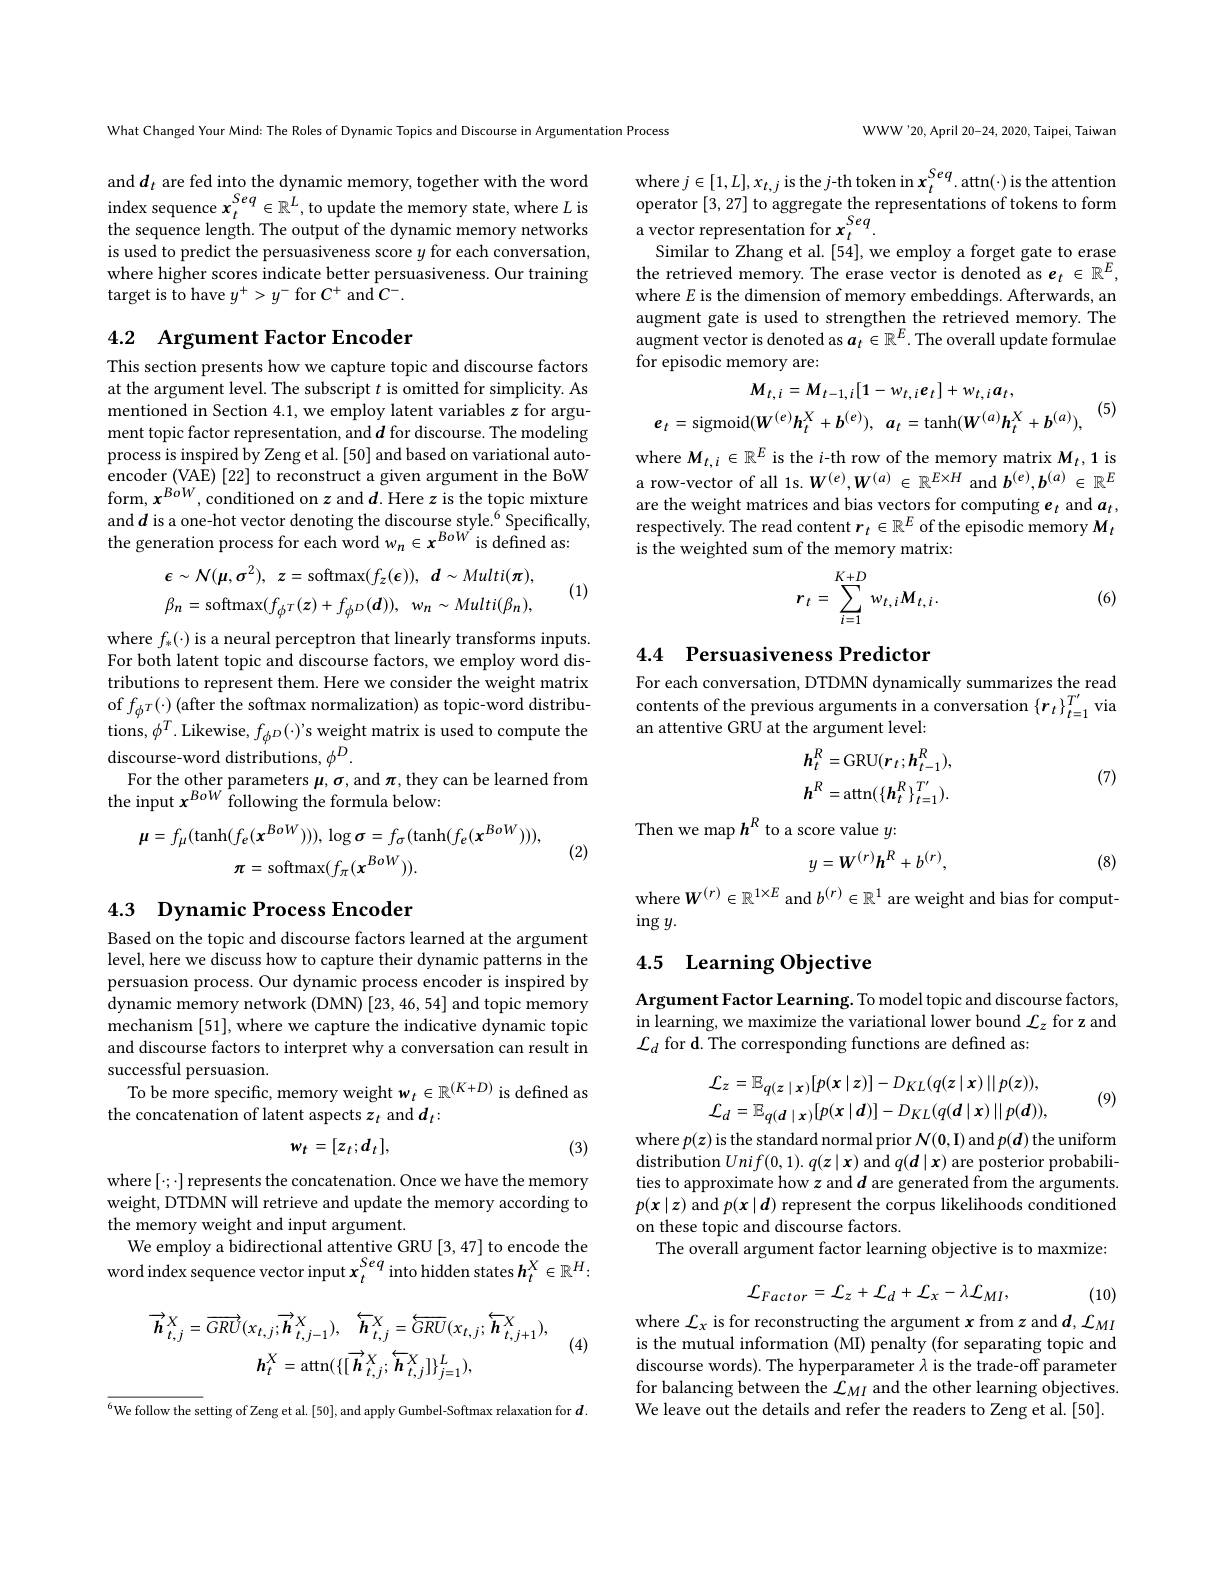
What Changed Your Mind: The Roles of Dynamic Topics and Discourse in Argumentation Process

and$d_t$ are fed into the dynamic memory, together with the word index sequence $x_t^{Seq}\in\mathbb{R}^L$, to update the memory state, where $L$ is the sequence length. The output of the dynamic memory networks is used to predict the persuasiveness score $y$ for each conversation, where higher scores indicate better persuasiveness. Our training ${\mathrm{target~is~to~have~}y^{+}>y^{-}}{\mathrm{for~}C^{+}}{\mathrm{~and~}C^{-}}.$

## 4.2 Argument Factor Encoder

This section presents how we capture topic and discourse factors at the argument level. The subscript $t$ is omitted for simplicity. As mentioned in Section 4.1, we employ latent variables $z$ for argument topic factor representation, and $d$ for discourse. The modeling process is inspired by Zeng et al. [50] and based on variational autoencoder (VAE) [22] to reconstruct a given argument in the BoW form, $x^{BoW}$, conditioned on $z$ and $d.$ Here $z$ is the topic mixture and $d$ is a one-hot vector denoting the discourse style.$^{6}$Specifically, the generation process for each word $w_n\in x^{BoW}$ is defined as:
$$\epsilon\sim\mathcal{N}(\mu,\sigma^{2}),\:z=\mathrm{softmax}(f_{z}(\epsilon)),\:d\sim Multi(\pi),\\\beta_{n}=\mathrm{softmax}(f_{\phi^{T}}(z)+f_{\phi^{D}}(d)),\:w_{n}\sim Multi(\beta_{n}),$$
(1)

where $f_*(\cdot)$ is a neural perceptron that linearly transforms inputs. For both latent topic and discourse factors, we employ word distributions to represent them. Here we consider the weight matrix of $f_\phi\tau(\cdot)$ (after the softmax normalization) as topic-word distributions, $\phi^T.$ Likewise, $f_\phi^D(\cdot)$'s weight matrix is used to compute the discourse-word distributions, $\phi^D.$
For the other parameters $\mu,\sigma$, and $\pi$,they can be learned from
the input $x^{BoW}$ following the formula below:
$$\mu=f_{\mu}(\mathrm{tanh}(f_{e}(x^{BoW}))),\log\sigma=f_{\sigma}(\mathrm{tanh}(f_{e}(x^{BoW}))),\\\pi=\mathrm{softmax}(f_{\pi}(x^{BoW})).$$
(2)

## 4.3 Dynamic Process Encoder

Based on the topic and discourse factors learned at the argument level, here we discuss how to capture their dynamic patterns in the persuasion process. Our dynamic process encoder is inspired by dynamic memory network (DMN) [23,46,54] and topic memory mechanism [51], where we capture the indicative dynamic topic and discourse factors to interpret why a conversation can result in successful persuasion.
To be more specific, memory weight $w_t\in\mathbb{R}^{(K+D)}$ is defined as
the concatenation of latent aspects $z_t$ and $d_t:$
$$w_{t}=[z_{t};d_{t}],$$
(3)

where $[\cdot;\cdot]$ represents the concatenation. Once we have the memory weight, DTDMN will retrieve and update the memory according to the memory weight and input argument.
We employ a bidirectional attentive GRU [3,47] to encode the word index sequence vector input $x_t^{Seq}$ into hidden states $h_t^X\in\mathbb{R}^H:$
$$\overrightarrow{\boldsymbol{h}}_{t,j}^{X}=\overrightarrow{GRU}(x_{t,j};\overrightarrow{\boldsymbol{h}}_{t,j-1}^{X}),\quad\overleftarrow{\boldsymbol{h}}_{t,j}^{X}=\overleftarrow{GRU}(x_{t,j};\overleftarrow{\boldsymbol{h}}_{t,j+1}^{X}),\\\boldsymbol{h}_{t}^{X}=\arctan(\{[\overrightarrow{\boldsymbol{h}}_{t,j}^{X};\overleftarrow{\boldsymbol{h}}_{t,j}^{X}]\}_{j=1}^{L}),$$
(4)

$^{6}$We follow the setting of Zeng et al. [50], and apply Gumbel-Softmax relaxation for $d.$

WWW'20, April 20-24, 2020, Taipei, Taiwan

where $j\in[1,L],x_{t,j}$ is the $j$-th token in $x_t^{Seq}$.attn(·)is the attention operator [3,27] to aggregate the representations of tokens to form $\begin{array}{c}{\text{a vector representation for }x_{t}^{Seq}.}\\{\text{Similar to Zhang et al.[54],we employ a forget gate to erase}}\end{array}$ the retrieved memory. The erase vector is denoted as $e_t\in\mathbb{R}^E$, where $E$ is the dimension of memory embeddings. Afterwards, an augment gate is used to strengthen the retrieved memory. The augment vector is denoted as $a_t\in\mathbb{R}^E.$ The overall update formulae for episodic memory are:

$M_{t,i}=M_{t-1,i}[1-w_{t,i}e_{t}]+w_{t,i}a_{t}$,
$$e_{t}=\mathrm{sigmoid}(W^{(e)}h_{t}^{X}+b^{(e)}),\:a_{t}=\mathrm{tanh}(W^{(a)}h_{t}^{X}+b^{(a)}),$$
(5)

where $M_{t,i}\in\mathbb{R}^{E}$ is the $i$-th row of the memory matrix $M_t,1$ is a row-vector of all 1s. $W^{(e)},W^{(a)}\in\mathbb{R}^{E\times H}$ and $b^(e),b^{(a)}\in\mathbb{R}^E$ are the weight matrices and bias vectors for computing $e_t$ and $a_t$, respectively. The read content $r_t\in\mathbb{R}^E$ of the episodic memory $M_t$ is the weighted sum of the memory matrix:
$$r_t=\sum_{i=1}^{K+D}w_{t,i}M_{t,i}.$$
(6)

4.4 Persuasiveness Predictor

For each conversation, DTDMN dynamically summarizes the read contents of the previous arguments in a conversation $\left\{r_t\right\}_{t=1}^{T^{\prime}}$ via an attentive GRU at the argument level:
$$h_{t}^{R}=\mathrm{GRU}(r_{t};h_{t-1}^{R}),\\h^{R}=\arctan(\{\boldsymbol{h}_{t}^{R}\}_{t=1}^{T^{\prime}}).$$
(7)

Then we map $h^R$ to a score value $y:$
$$y=W^{(r)}h^{R}+b^{(r)},$$
(8)

where $W^{(r)}\in\mathbb{R}^{1\times E}$ and $b^(r)\in\mathbb{R}^1$ are weight and bias for comput-
$\operatorname{ing}y.$

## 4.5 Learning Objective

Argument Factor Learning. To model topic and discourse factors, in learning, we maximize the variational lower bound $\mathcal{L}_z$ for z and ${\mathcal{L}}_d$ for d. The corresponding functions are defined as:
$$\mathcal{L}_{z}=\mathbb{E}_{q(z\mid x)}[p(x\mid z)]-D_{KL}(q(z\mid x)\mid\mid p(z)),\\\mathcal{L}_{d}=\mathbb{E}_{q(d\mid x)}[p(x\mid d)]-D_{KL}(q(d\mid x)\mid\mid p(d)),$$
(9)

where $p(z)$ is the standard normal prior $\mathcal{N}(0,\mathbf{I})$ and $p(\boldsymbol{d})$ the uniform distribution $Unif(0,1).q(z\mid\boldsymbol{x})$ and $q(\boldsymbol{d}\mid\boldsymbol{x})$ are posterior probabilities to approximate how $z$ and $d$ are generated from the arguments $p(\boldsymbol{x}\mid\boldsymbol{z})$ and $p(\boldsymbol{x}\mid\boldsymbol{d})$ represent the corpus likelihoods conditioned on these topic and discourse factors.
The overall argument factor learning objective is to maxmize:
$$\mathcal{L}_{Factor}=\mathcal{L}_{z}+\mathcal{L}_{d}+\mathcal{L}_{x}-\lambda\mathcal{L}_{MI},$$
(10)

where $\mathcal{L}_x$ is for reconstructing the argument $x$ from $z$ and $\boldsymbol d,\mathcal{L}_MI$ is the mutual information (MI) penalty (for separating topic and discourse words). The hyperparameter $\lambda$ is the trade-off parameter for balancing between the $\mathcal{L}_MI$ and the other learning objectives We leave out the details and refer the readers to Zeng et al. [50].